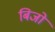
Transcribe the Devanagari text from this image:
बिजो